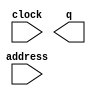
// megafunction wizard: %ROM: 1-PORT%VBB%
// GENERATION: STANDARD
// VERSION: WM1.0
// MODULE: altsyncram 

// ============================================================
// Megafunction Name(s):
// 			altsyncram
//
// Simulation Library Files(s):
// 			altera_mf
// ============================================================
// ************************************************************
// THIS IS A WIZARD-GENERATED FILE. DO NOT EDIT THIS FILE!
//
// 10.0 Build 262 08/18/2010 SP 1 SJ Web Edition
// ************************************************************

//Copyright (C) 1991-2010 Altera Corporation
//Your use of Altera Corporation's design tools, logic functions 
//and other software and tools, and its AMPP partner logic 
//functions, and any output files from any of the foregoing 
//(including device programming or simulation files), and any 
//associated documentation or information are expressly subject 
//to the terms and conditions of the Altera Program License 
//Subscription Agreement, Altera MegaCore Function License 
//Agreement, or other applicable license agreement, including, 
//without limitation, that your use is for the sole purpose of 
//programming logic devices manufactured by Altera and sold by 
//Altera or its authorized distributors.  Please refer to the 
//applicable agreement for further details.

module gate_rom (
	address,
	clock,
	q);

	input	[7:0]  address;
	input	  clock;
	output	[39:0]  q;
`ifndef ALTERA_RESERVED_QIS
// synopsys translate_off
`endif
	tri1	  clock;
`ifndef ALTERA_RESERVED_QIS
// synopsys translate_on
`endif

endmodule

// ============================================================
// CNX file retrieval info
// ============================================================
// Retrieval info: PRIVATE: ADDRESSSTALL_A NUMERIC "0"
// Retrieval info: PRIVATE: AclrAddr NUMERIC "0"
// Retrieval info: PRIVATE: AclrByte NUMERIC "0"
// Retrieval info: PRIVATE: AclrOutput NUMERIC "0"
// Retrieval info: PRIVATE: BYTE_ENABLE NUMERIC "0"
// Retrieval info: PRIVATE: BYTE_SIZE NUMERIC "8"
// Retrieval info: PRIVATE: BlankMemory NUMERIC "0"
// Retrieval info: PRIVATE: CLOCK_ENABLE_INPUT_A NUMERIC "0"
// Retrieval info: PRIVATE: CLOCK_ENABLE_OUTPUT_A NUMERIC "0"
// Retrieval info: PRIVATE: Clken NUMERIC "0"
// Retrieval info: PRIVATE: IMPLEMENT_IN_LES NUMERIC "0"
// Retrieval info: PRIVATE: INIT_FILE_LAYOUT STRING "PORT_A"
// Retrieval info: PRIVATE: INIT_TO_SIM_X NUMERIC "0"
// Retrieval info: PRIVATE: INTENDED_DEVICE_FAMILY STRING "Cyclone II"
// Retrieval info: PRIVATE: JTAG_ENABLED NUMERIC "0"
// Retrieval info: PRIVATE: JTAG_ID STRING "NONE"
// Retrieval info: PRIVATE: MAXIMUM_DEPTH NUMERIC "0"
// Retrieval info: PRIVATE: MIFfilename STRING "gates_37bit.hex"
// Retrieval info: PRIVATE: NUMWORDS_A NUMERIC "256"
// Retrieval info: PRIVATE: RAM_BLOCK_TYPE NUMERIC "2"
// Retrieval info: PRIVATE: RegAddr NUMERIC "1"
// Retrieval info: PRIVATE: RegOutput NUMERIC "0"
// Retrieval info: PRIVATE: SYNTH_WRAPPER_GEN_POSTFIX STRING "0"
// Retrieval info: PRIVATE: SingleClock NUMERIC "1"
// Retrieval info: PRIVATE: UseDQRAM NUMERIC "0"
// Retrieval info: PRIVATE: WidthAddr NUMERIC "8"
// Retrieval info: PRIVATE: WidthData NUMERIC "40"
// Retrieval info: PRIVATE: rden NUMERIC "0"
// Retrieval info: LIBRARY: altera_mf altera_mf.altera_mf_components.all
// Retrieval info: CONSTANT: CLOCK_ENABLE_INPUT_A STRING "BYPASS"
// Retrieval info: CONSTANT: CLOCK_ENABLE_OUTPUT_A STRING "BYPASS"
// Retrieval info: CONSTANT: INIT_FILE STRING "gates_37bit.hex"
// Retrieval info: CONSTANT: INTENDED_DEVICE_FAMILY STRING "Cyclone II"
// Retrieval info: CONSTANT: LPM_HINT STRING "ENABLE_RUNTIME_MOD=NO"
// Retrieval info: CONSTANT: LPM_TYPE STRING "altsyncram"
// Retrieval info: CONSTANT: NUMWORDS_A NUMERIC "256"
// Retrieval info: CONSTANT: OPERATION_MODE STRING "ROM"
// Retrieval info: CONSTANT: OUTDATA_ACLR_A STRING "NONE"
// Retrieval info: CONSTANT: OUTDATA_REG_A STRING "UNREGISTERED"
// Retrieval info: CONSTANT: RAM_BLOCK_TYPE STRING "M4K"
// Retrieval info: CONSTANT: WIDTHAD_A NUMERIC "8"
// Retrieval info: CONSTANT: WIDTH_A NUMERIC "40"
// Retrieval info: CONSTANT: WIDTH_BYTEENA_A NUMERIC "1"
// Retrieval info: USED_PORT: address 0 0 8 0 INPUT NODEFVAL "address[7..0]"
// Retrieval info: USED_PORT: clock 0 0 0 0 INPUT VCC "clock"
// Retrieval info: USED_PORT: q 0 0 40 0 OUTPUT NODEFVAL "q[39..0]"
// Retrieval info: CONNECT: @address_a 0 0 8 0 address 0 0 8 0
// Retrieval info: CONNECT: @clock0 0 0 0 0 clock 0 0 0 0
// Retrieval info: CONNECT: q 0 0 40 0 @q_a 0 0 40 0
// Retrieval info: GEN_FILE: TYPE_NORMAL gate_rom.v TRUE
// Retrieval info: GEN_FILE: TYPE_NORMAL gate_rom.inc FALSE
// Retrieval info: GEN_FILE: TYPE_NORMAL gate_rom.cmp FALSE
// Retrieval info: GEN_FILE: TYPE_NORMAL gate_rom.bsf TRUE
// Retrieval info: GEN_FILE: TYPE_NORMAL gate_rom_inst.v FALSE
// Retrieval info: GEN_FILE: TYPE_NORMAL gate_rom_bb.v TRUE
// Retrieval info: GEN_FILE: TYPE_NORMAL gate_rom_waveforms.html FALSE
// Retrieval info: GEN_FILE: TYPE_NORMAL gate_rom_wave*.jpg FALSE
// Retrieval info: LIB_FILE: altera_mf